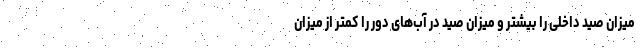
میزان صید داخلی را بیشتر و میزان صید در آب‌های دور را کمتر از میزان